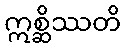
ဣစ္ဆိဿတိ